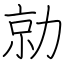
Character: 勍